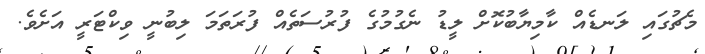
މެޗުގައި ލަނޑެއް ކާމިޔާބުކޮށް ލީޑު ނެގުމުގެ ފުރުސަތެއް ފުރަތަމަ ލިބުނީ ވިކްޓަރީ އަށެވެ.